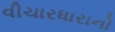
વીચારધારાનો